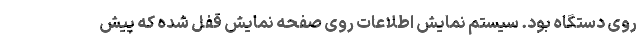
روی دستگاه بود. سیستم نمایش اطلاعات روی صفحه نمایش قفل شده که پیش